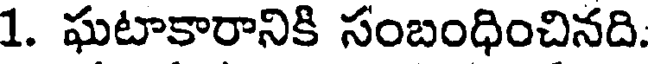
1. ఘటాకారానికి సంబంధించినది.